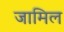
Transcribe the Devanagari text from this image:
जामिल